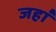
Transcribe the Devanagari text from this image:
जहा॑